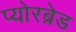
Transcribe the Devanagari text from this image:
प्योरब्रेड